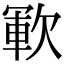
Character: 𣣞